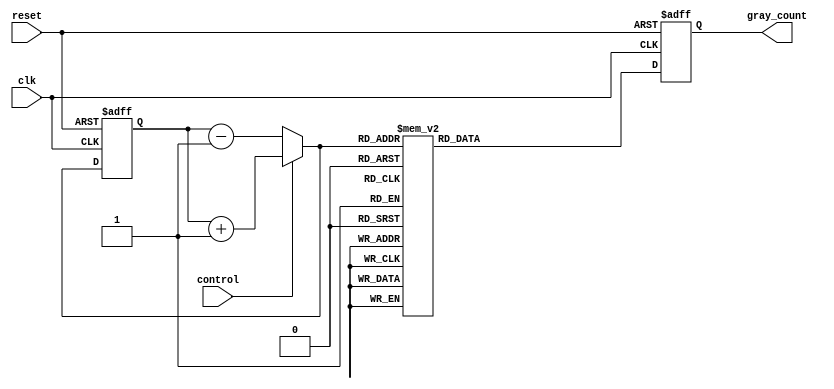
module up_down_gray_counter(
    input wire clk,
    input wire reset,
    input wire control,
    output reg [3:0] gray_count
);

reg [3:0] binary_count;
reg [3:0] next_binary_count;

always @(posedge clk or posedge reset) begin
    if (reset) begin
        binary_count <= 4'b0000;
        gray_count <= 4'b0000;
    end else begin
        if (control) begin // Up count
            next_binary_count = binary_count + 1;
        end else begin // Down count
            next_binary_count = binary_count - 1;
        end
        
        case (next_binary_count)
            4'b0000: gray_count <= 4'b0000;
            4'b0001: gray_count <= 4'b0001;
            4'b0011: gray_count <= 4'b0010;
            4'b0010: gray_count <= 4'b0011;
            4'b0110: gray_count <= 4'b0100;
            4'b0111: gray_count <= 4'b0101;
            4'b0101: gray_count <= 4'b0110;
            4'b0100: gray_count <= 4'b0111;
            4'b1100: gray_count <= 4'b1000;
            4'b1101: gray_count <= 4'b1001;
            4'b1111: gray_count <= 4'b1010;
            4'b1110: gray_count <= 4'b1011;
            4'b1010: gray_count <= 4'b1100;
            4'b1011: gray_count <= 4'b1101;
            4'b1001: gray_count <= 4'b1110;
            4'b1000: gray_count <= 4'b1111;
            default: gray_count <= 4'b0000;
        endcase
        
        binary_count <= next_binary_count;
    end
end

endmodule